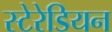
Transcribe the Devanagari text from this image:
स्‍टेरेडियन